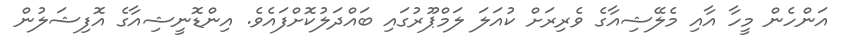
އަންހެން މީހާ އާއި މެލޭޝިއާގެ ވެރިރަށް ކުއަލަ ލަމްޕޫރުގައި ބައްދަލުކޮށްފައެވެ. އިންޑޮނީޝިއާގެ އޮފިޝަލުން